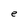
Character: e